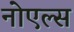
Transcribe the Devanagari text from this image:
नोएल्स